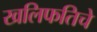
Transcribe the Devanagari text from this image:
खलिफतिचे